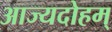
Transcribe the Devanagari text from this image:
आज्यदोहम्